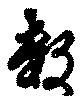
數